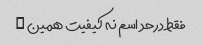
فقط درحد اسم نه کیفیت همین …